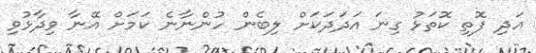
އަދި ފޮތި ކޮތަޅު ގިނަ އަދަދަކަށް ލިބެން ހުންނާނެ ކަމަށް އޭނާ ވިދާޅުވި